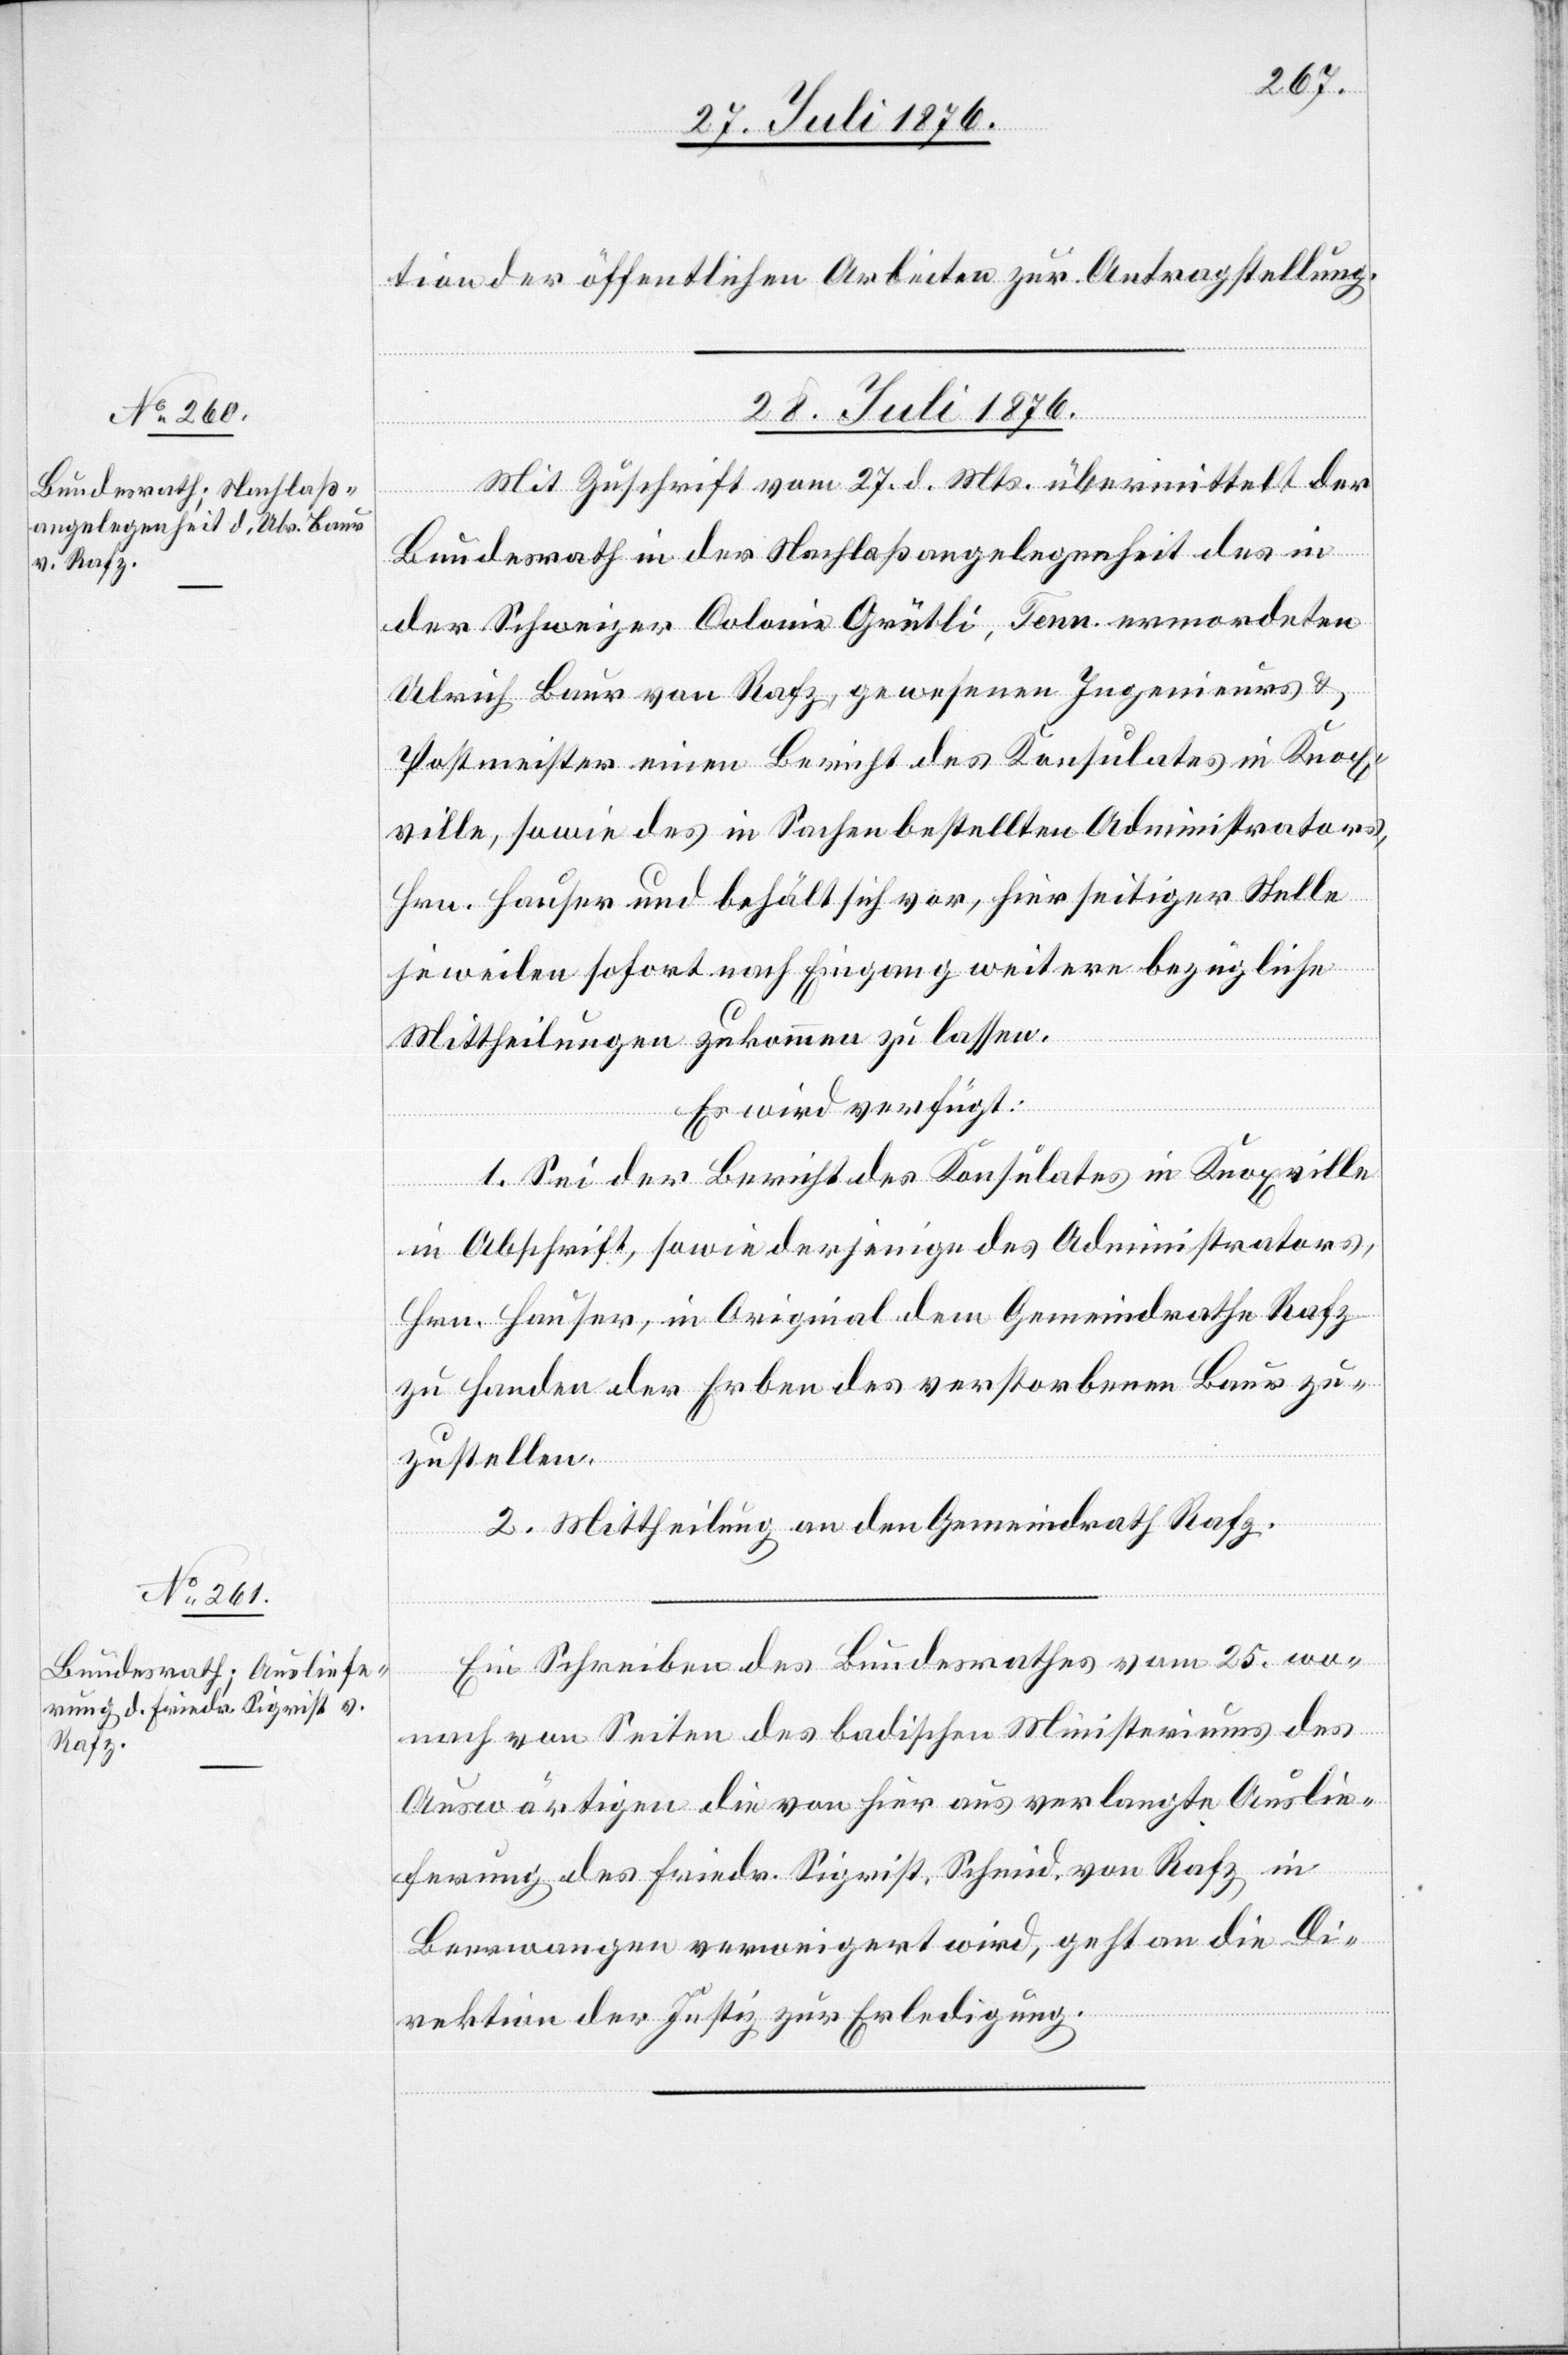
28. Juli 1876.]
tion der öffentlichen Arbeiten zur Antragstellung.
28. Juli 1876.
Mit Zuschrift vom 27. d. Mts. übermittelt der
Bundesrath in der Nachlaßangelegenheit des in
der Schweizer Colonie Grütli, Tenn. ermordeten
Ulrich Baur von Rafz, gewesenen Ingenieurs &
Postmeister einen Bericht des Konsulates in Knox¬
ville, sowie des in Sachen bestellten Administrators,
Hrn. Hauser und behält sich vor, hierseitiger Stelle
jeweilen sofort nach Eingang weitere bezügliche
Mittheilungen zukommen zu lassen.
Es wird verfügt:
1. Sei der Bericht des Konsulates in Knoxville
in Abschrift, sowie derjenige des Administrators,
Hrn. Hauser, in Original dem Gemeindrathe Rafz
zu Handen der Erben des verstorbenen Baur zu¬
zustellen.
2. Mittheilung an den Gemeindrath Rafz.
Ein Schreiben des Bundesrathes vom 25. wo¬
nach von Seiten des badischen Ministeriums des
Auswärtigen die von hier aus verlangte Auslie¬
ferung des Friedr. Sigrist, Schmid, von Rafz, in
Beerwangen verweigert wird, geht an die Di¬
rektion der Justiz zur Erledigung.